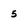
Character: 5